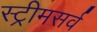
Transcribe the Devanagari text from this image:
स्ट्रीमसर्व